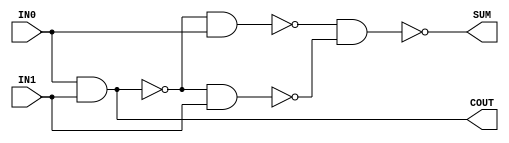
module HALF_ADDER(COUT,SUM,IN0,IN1);
	input IN0,IN1;
	output COUT,SUM;
	wire t1,t2,t3;
	nand(t1,IN0,IN1);
	nand(t2,t1,IN0);
	nand(t3,t1,IN1);
	nand(SUM,t2,t3);
	nand(COUT,t1,t1);
endmodule 

module INCREMENTOR_16(COUT,OU,IN);

	input[15:0] IN;
	output COUT;
	output [15:0] OU;
	wire[14:0] carry;
	HALF_ADDER Half_Adder_1(carry[0],OU[0],IN[0],1'b1);
	HALF_ADDER Half_Adder_2(carry[1],OU[1],IN[1],carry[0]);
	HALF_ADDER Half_Adder_3(carry[2],OU[2],IN[2],carry[1]);
	HALF_ADDER Half_Adder_4(carry[3],OU[3],IN[3],carry[2]);
	HALF_ADDER Half_Adder_5(carry[4],OU[4],IN[4],carry[3]);
	HALF_ADDER Half_Adder_6(carry[5],OU[5],IN[5],carry[4]);
	HALF_ADDER Half_Adder_7(carry[6],OU[6],IN[6],carry[5]);
	HALF_ADDER Half_Adder_8(carry[7],OU[7],IN[7],carry[6]);
	HALF_ADDER Half_Adder_9(carry[8],OU[8],IN[8],carry[7]);
	HALF_ADDER Half_Adder_10(carry[9],OU[9],IN[9],carry[8]);
	HALF_ADDER Half_Adder_11(carry[10],OU[10],IN[10],carry[9]);
	HALF_ADDER Half_Adder_12(carry[11],OU[11],IN[11],carry[10]);
	HALF_ADDER Half_Adder_13(carry[12],OU[12],IN[12],carry[11]);
	HALF_ADDER Half_Adder_14(carry[13],OU[13],IN[13],carry[12]);
	HALF_ADDER Half_Adder_15(carry[14],OU[14],IN[14],carry[13]);
	HALF_ADDER Half_Adder_16(COUT,OU[15],IN[15],carry[2]);
endmodule 

module TESTBENCH_INCREMENTOR_16;
	wire [15:0]Y;
	wire carry;
	reg [15:0] s;
	INCREMENTOR_16 incrementor_16_1(carry,Y,s);	
	integer i;
    initial
		begin
        for(i=0;i<=65535;i=i+1)
        begin
           #1 s=i;
        end
        #100$finish;
		end
endmodule